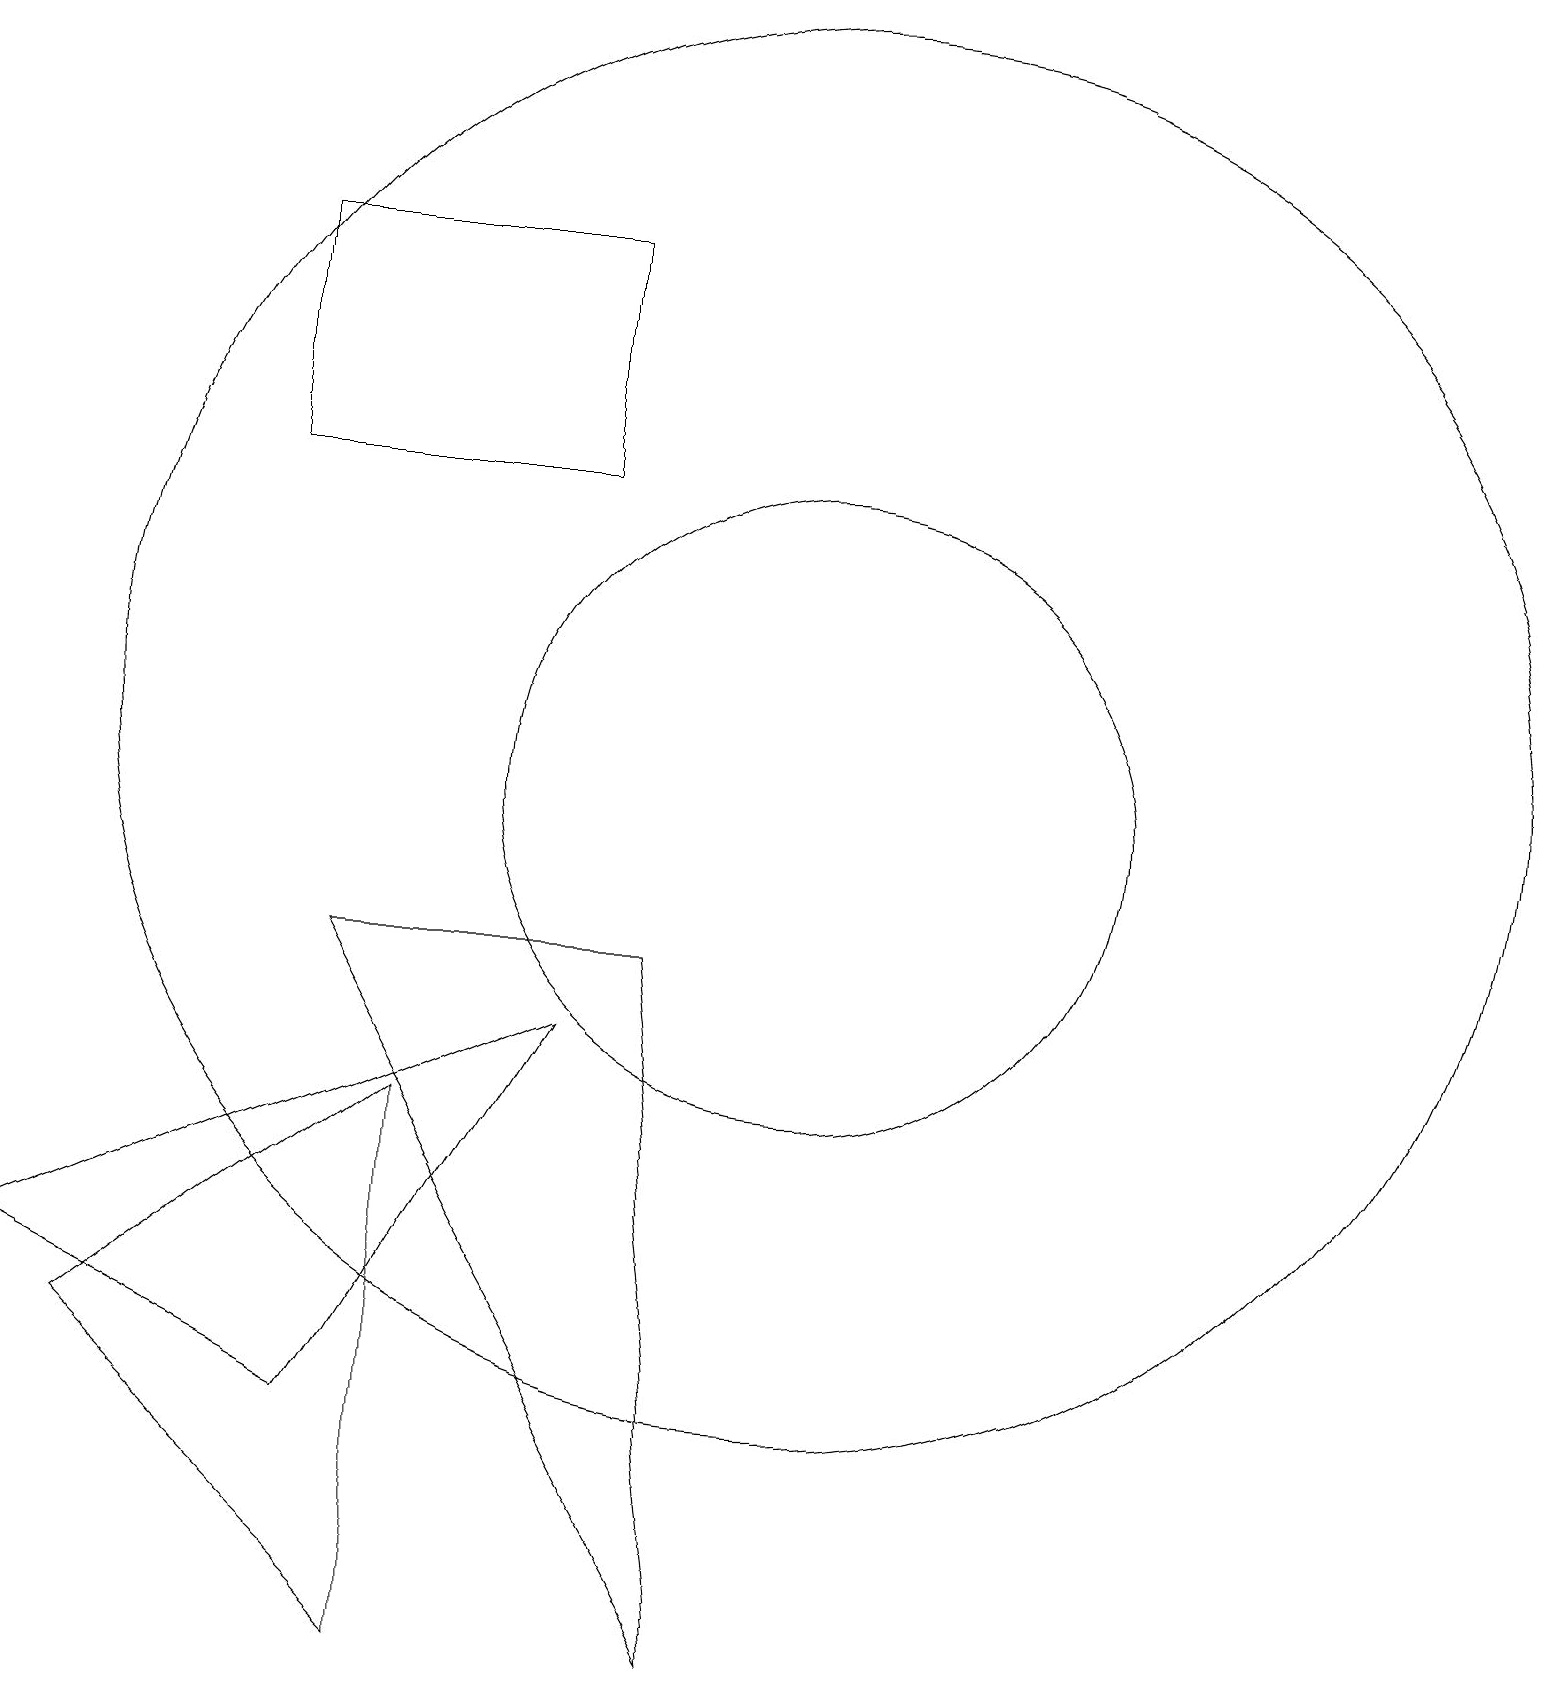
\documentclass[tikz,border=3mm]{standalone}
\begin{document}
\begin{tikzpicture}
\draw (3,15) rectangle (7,18);
\draw (7,8) -- (0,5) -- (4,3) -- cycle;
\draw (8,9) -- (9,0) -- (4,9) -- cycle;
\draw (5,7) -- (1,4) -- (5,0) -- cycle;
\draw (10,12) circle (9);
\draw (10,11) circle (4);
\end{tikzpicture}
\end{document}